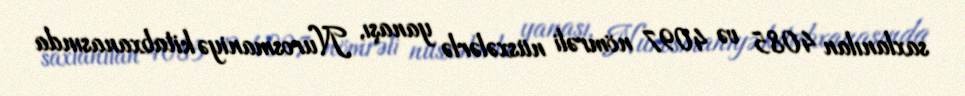
saxlanılan 4085 və 4097 nömrəli nüsxələrlə yanaşı, Nurosmaniyə kitabxanasında